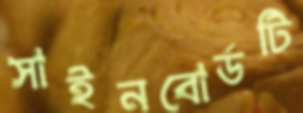
সাইনবোর্ডটি